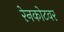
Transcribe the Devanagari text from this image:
रेनकोटवर